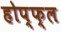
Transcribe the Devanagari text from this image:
होप्फ्ल